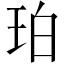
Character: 珀